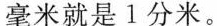
毫米就是1分米。